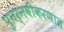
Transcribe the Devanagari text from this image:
पुनर्नवीकरणात